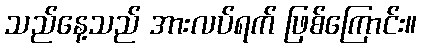
သည်နေ့သည် အားလပ်ရက် ဖြစ်ကြောင်း။